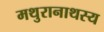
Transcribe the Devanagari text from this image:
मथुरानाथस्य